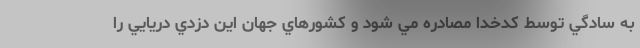
به سادگي توسط كدخدا مصادره مي شود و كشورهاي جهان اين دزدي دريايي را